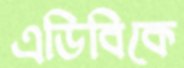
এডিবিকে